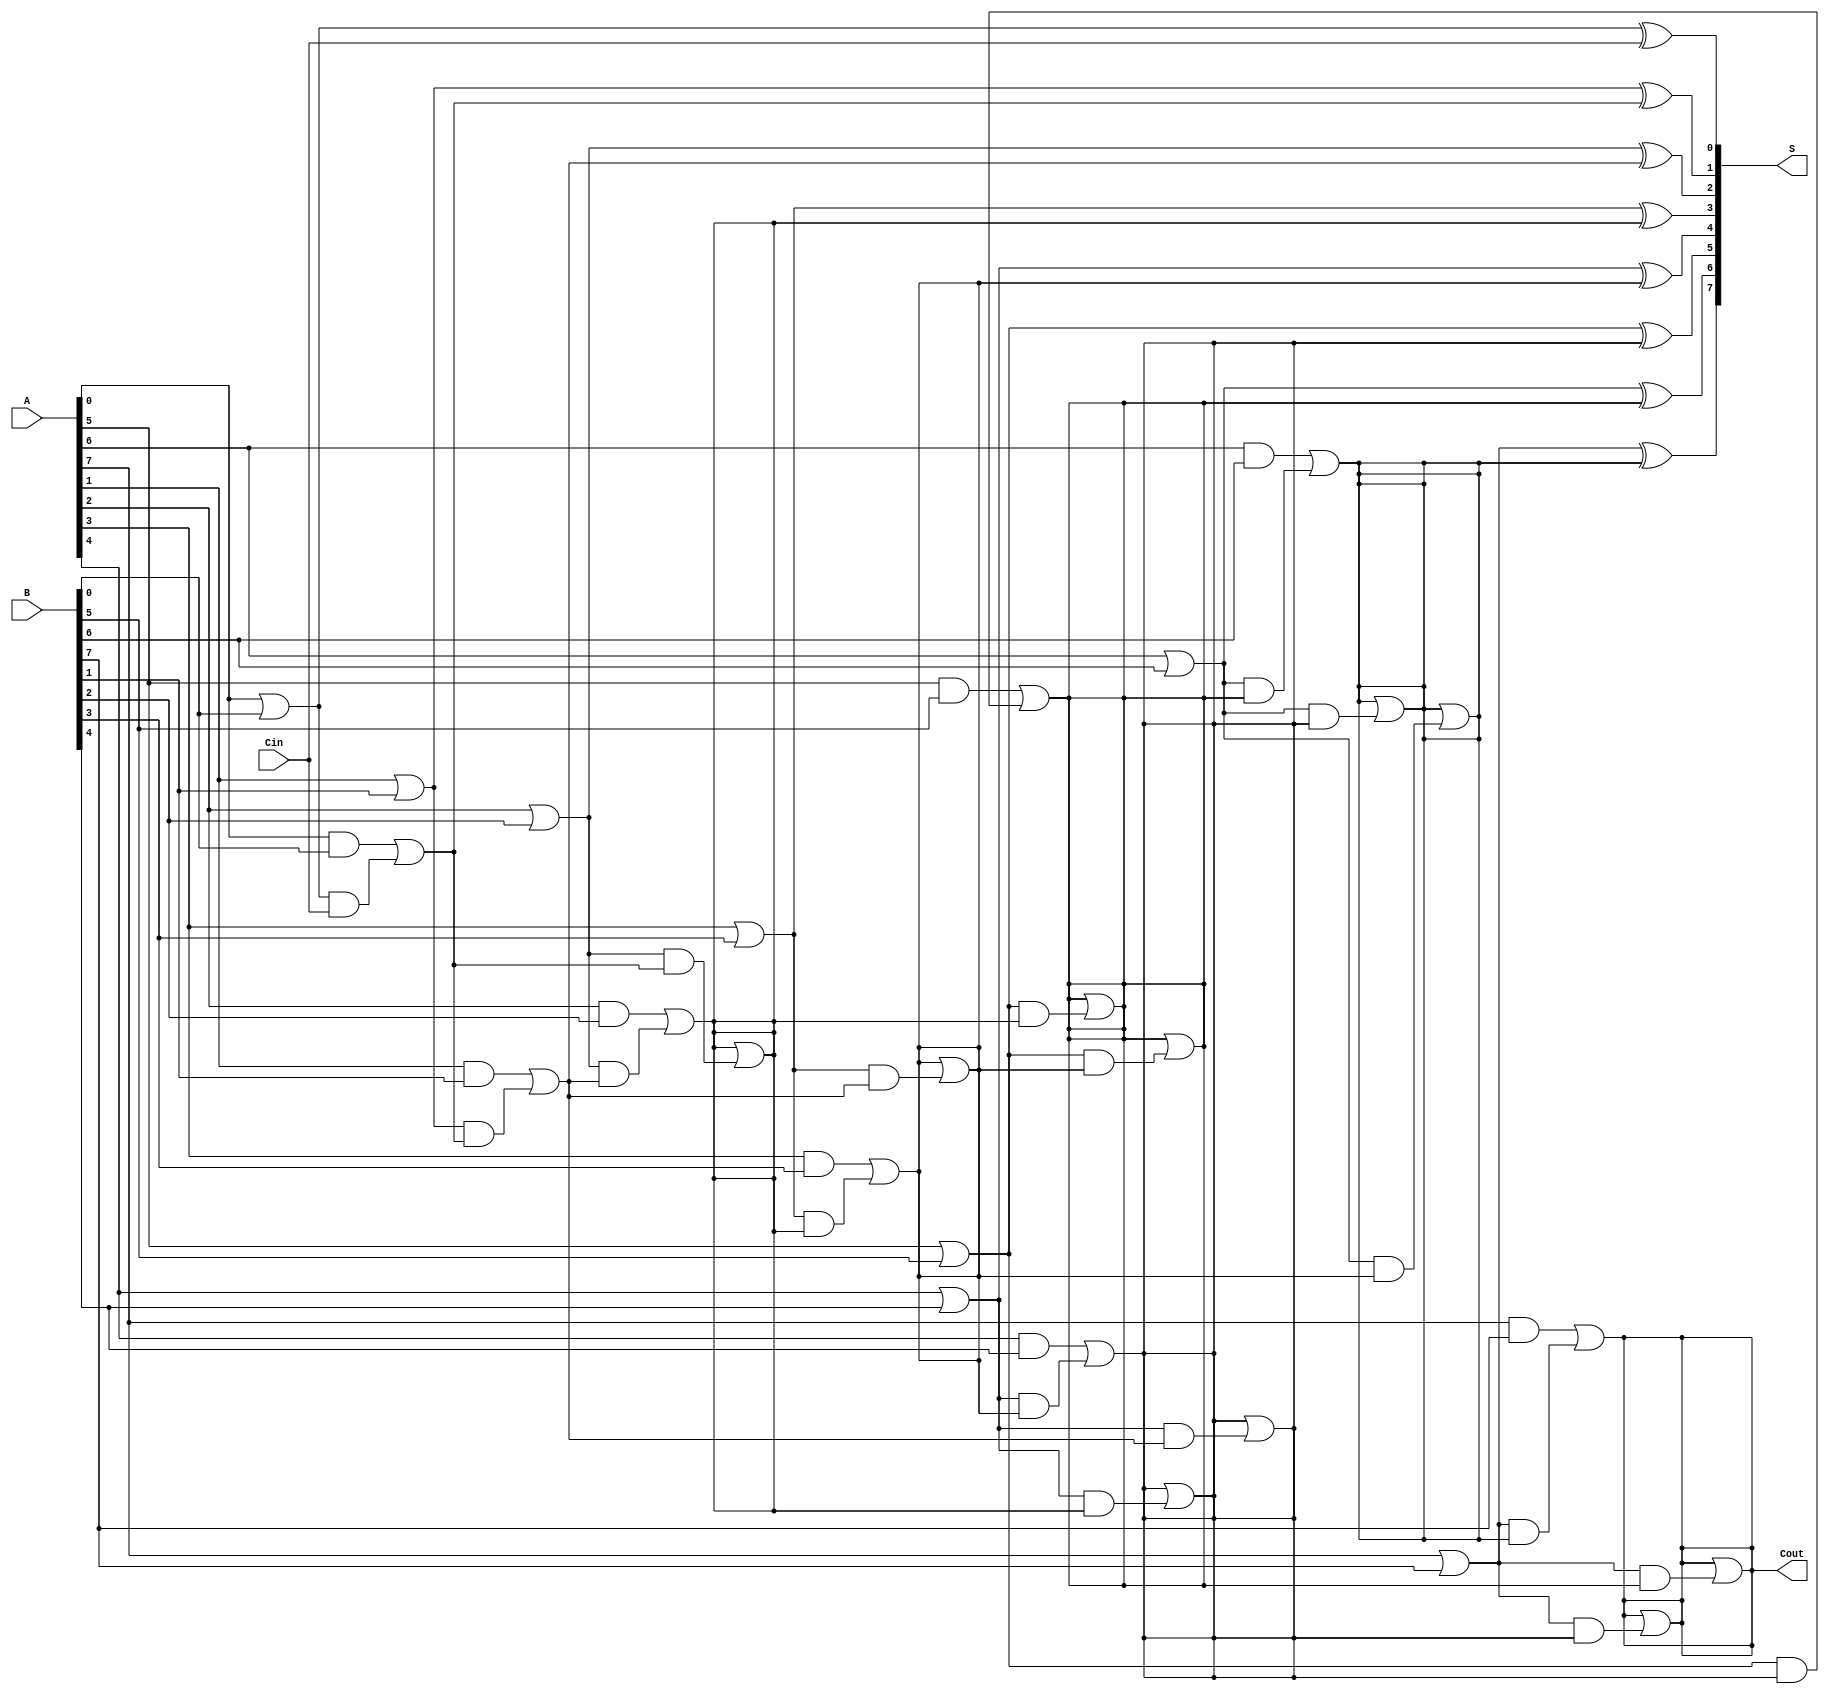
module KoggeStoneAdder #(parameter n = 8) (
    input  [n-1:0] A,
    input  [n-1:0] B,
    input          Cin,
    output [n-1:0] S,
    output         Cout
);

// Generate and Propagate signals
wire [n-1:0] G, P;
genvar i;
generate
    for (i = 0; i < n; i = i + 1) begin : gen_prop
        assign G[i] = A[i] & B[i];
        assign P[i] = A[i] | B[i];
    end
endgenerate

// Carry signals
wire [n:0] C; // C[0] is Cin
assign C[0] = Cin;

// Prefix Network
generate
    // Stage 1
    for (i = 0; i < n; i = i + 1) begin : stage1
        if (i == 0) begin
            assign C[i + 1] = G[i] | (P[i] & C[i]);
        end else begin
            assign C[i + 1] = G[i] | (P[i] & C[i]);
        end
    end

    // Stage 2
    for (i = 0; i < n; i = i + 1) begin : stage2
        if (i >= 2) begin
            assign C[i + 1] = C[i + 1] | (P[i] & C[i - 1]);
        end
    end

    // Stage 3
    for (i = 0; i < n; i = i + 1) begin : stage3
        if (i >= 4) begin
            assign C[i + 1] = C[i + 1] | (P[i] & C[i - 2]);
        end
    end

    // Stage 4
    for (i = 0; i < n; i = i + 1) begin : stage4
        if (i >= 8) begin
            assign C[i + 1] = C[i + 1] | (P[i] & C[i - 4]);
        end
    end
endgenerate

// Sum calculation
generate
    for (i = 0; i < n; i = i + 1) begin : sum_calculation
        assign S[i] = P[i] ^ C[i];
    end
endgenerate

// Carry-out
assign Cout = C[n];

endmodule